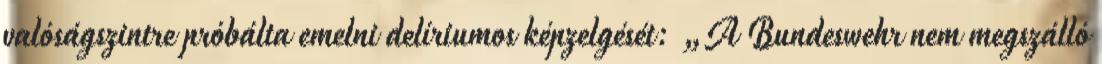
valóságszintre próbálta emelni delíriumos képzelgését: „A Bundeswehr nem megszálló